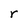
Character: r